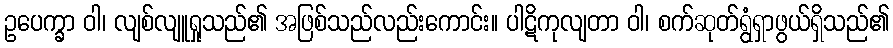
ဥပေက္ခာ ဝါ၊ လျစ်လျူရှုသည်၏ အဖြစ်သည်လည်းကောင်း။ ပါဋိကုလျတာ ဝါ၊ စက်ဆုတ်ရွံရှာဖွယ်ရှိသည်၏